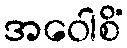
အဝေါစိံ